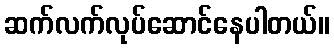
ဆက်လက်လုပ်ဆောင်နေပါတယ်။